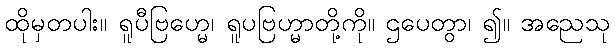
ထိုမှတပါး။ ရူပီဗြဟ္မေ၊ ရူပဗြဟ္မာတို့ကို။ ဌပေတွာ၊ ၍။ အညေသု